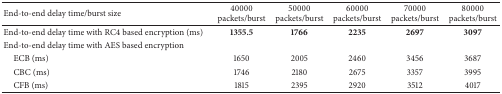
<table><thead><tr><td><b>End-to-end delay time/burst size</b></td><td><b>40000 packets/burst</b></td><td><b>50000 packets/burst</b></td><td><b>60000 packets/burst</b></td><td><b>70000 packets/burst</b></td><td><b>80000 packets/burst</b></td></tr></thead><tbody><tr><td>End-to-end delay time with RC4 based encryption (ms)</td><td><b>1355.5</b></td><td><b>1766</b></td><td><b>2235</b></td><td><b>2697</b></td><td><b>3097</b></td></tr><tr><td>End-to-end delay time with AES based encryption</td><td> </td><td> </td><td> </td><td> </td><td> </td></tr><tr><td> ECB (ms)</td><td>1650</td><td>2005</td><td>2460</td><td>3456</td><td>3687 </td></tr><tr><td> CBC (ms)</td><td>1746</td><td>2180</td><td>2675</td><td>3357</td><td>3995</td></tr><tr><td> CFB (ms)</td><td>1815</td><td>2395</td><td>2920</td><td>3512</td><td>4017</td></tr></tbody></table>